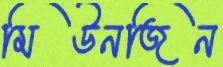
মিউনজিন